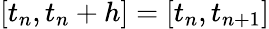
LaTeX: [t_{n},t_{n}+h]=[t_{n},t_{n+1}]